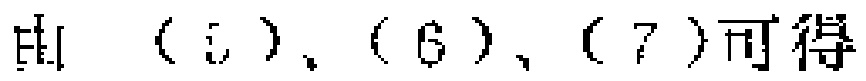
由（5）、（6）、（7）可得